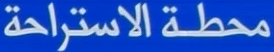
محطة الاستراحة